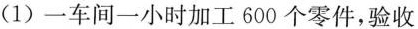
(1) 一车间一小时加工600个零件，验收